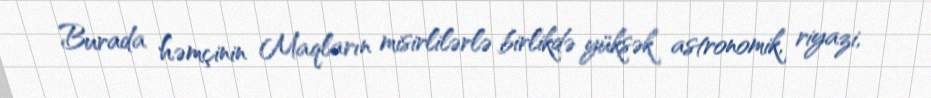
Burada həmçinin Maqların misirlilərlə birlikdə yüksək astronomik, riyazi,